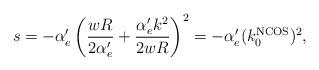
LaTeX: \begin{align*}s=-\alpha'_e\left(\frac{wR}{2\alpha'_e} + \frac{\alpha'_e k^2}{2wR}\right)^2=-\alpha'_e(k_0^{\mathrm{NCOS}})^2,\end{align*}